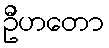
ဦဟတော